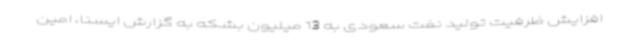
افزایش ظرفیت تولید نفت سعودی به 13 میلیون بشکه به گزارش ایسنا، امین